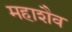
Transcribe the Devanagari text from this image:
महाशैव